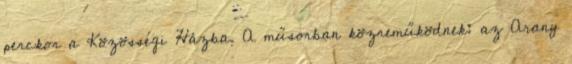
perckor a Közösségi Házba. A műsorban közreműködnek: az Arany